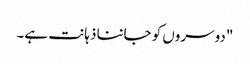
"دوسروں کو جاننا ذہانت ہے۔